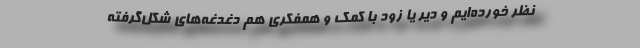
نظر خورده‌ایم و دیر یا زود با کمک و همفکری هم دغدغه‌های شکل‌گرفته